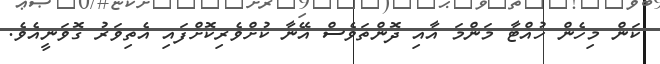
ކަން މިހެން ހުއްޓާ މަންމަ އާއި ދޮންތަވެސް އޭނާ ކުށްވެރިކޮށްފައި އެތިވަރު ގޮވަނީއެވެ.